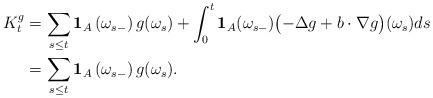
LaTeX: \begin{align*}K^g_t &=\sum_{s \leq t} \mathbf{1}_A \left(\omega_{s-}\right)g(\omega_{s}) +\int_0^t \mathbf{1}_A(\omega_{s-})\bigl(-\Delta g + b\cdot\nabla g \bigr)(\omega_s)ds \\&=\sum_{s \leq t} \mathbf{1}_A \left(\omega_{s-}\right)g(\omega_s).\end{align*}